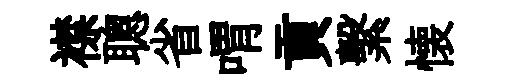
襟聰省喟貢繫懐